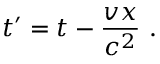
t ^ { \prime } = t - { \frac { v x } { c ^ { 2 } } } \ .